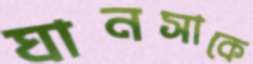
ঘানসাকে